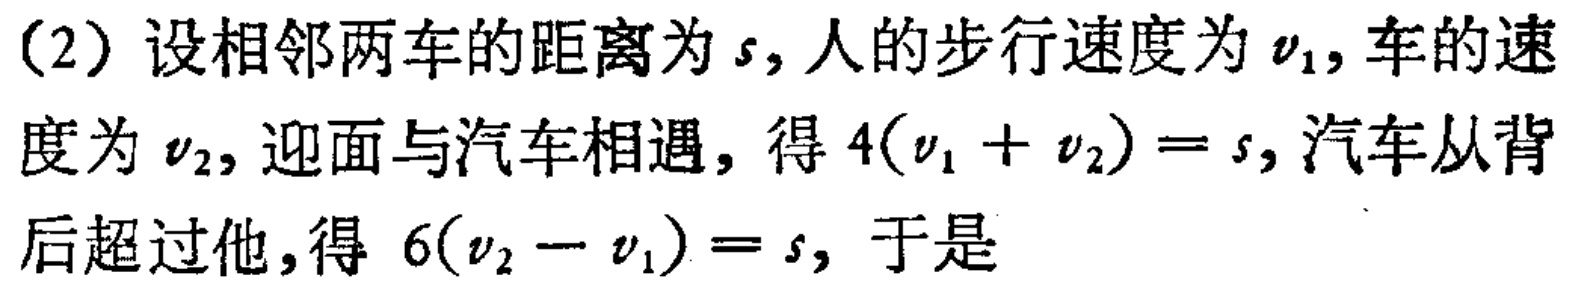
（2）设相邻两车的距离为\(s\)，人的步行速度为\(v_{1}\)，车的速度为\(v_{2}\)，迎面与汽车相遇，得\(4(v_{1} + v_{2}) = s\)，汽车从背后超过他，得 \(6(v_{2} - v_{1}) = s\)，于是